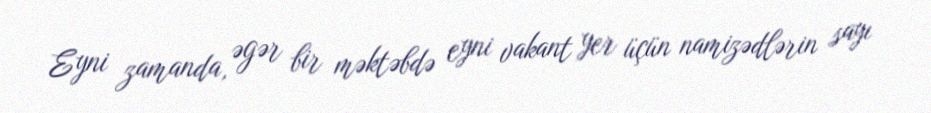
Eyni zamanda, əgər bir məktəbdə eyni vakant yer üçün namizədlərin sayı